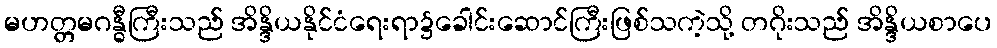
မဟတ္တမဂန္ဓီကြီးသည် အိန္ဒိယနိုင်ငံရေးရာ၌ခေါင်းဆောင်ကြီးဖြစ်သကဲ့သို့ တဂိုးသည် အိန္ဒိယစာပေ